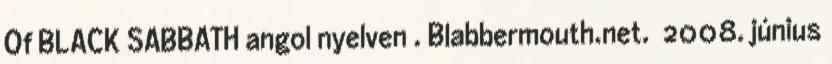
Of BLACK SABBATH angol nyelven . Blabbermouth.net. 2008. június